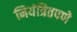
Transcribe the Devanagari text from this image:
नियंत्रितपणे